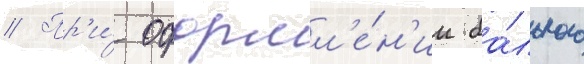
// Пр'и́ оформл'е́н'ии ба́льного